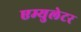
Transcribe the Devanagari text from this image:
एम्युलेटर